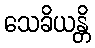
သေခိယန္တိ